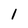
Character: 1